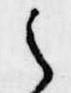
之